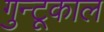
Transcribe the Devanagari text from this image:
गुन्टूकाल